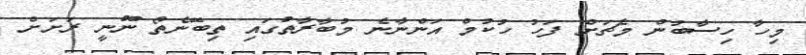
މިހާ ހިސާބުން މެޗަށް ފަހު ހުކުމް އަންނާނެ މުބާރާތުގައި ތިބޭނެތޯ ނޫނީ ރަށަށް